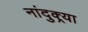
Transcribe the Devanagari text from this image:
नांदुक्र्या